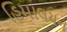
હિમાલયન